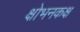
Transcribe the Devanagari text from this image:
क्षोभनकक्ष